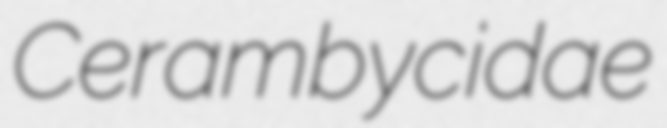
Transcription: Cerambycidae